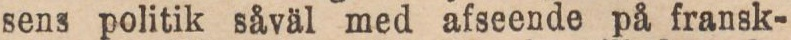
sens politik såväl med afseende på fransk-